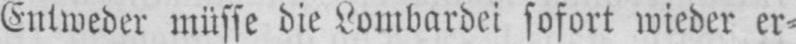
Entweder müsse die Lombardei sofort wieder er⸗